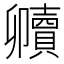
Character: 𮚧